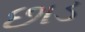
છાડ